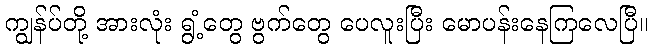
ကျွန်ပ်တို့ အားလုံး ရွံ့တွေ ဗွက်တွေ ပေလူးပြီး မောပန်းနေကြလေပြီ။